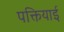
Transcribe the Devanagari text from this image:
पक्तियाई